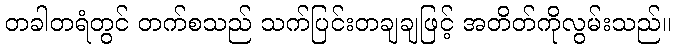
တခါတရံတွင် တက်စသည် သက်ပြင်းတချချဖြင့် အတိတ်ကိုလွမ်းသည်။